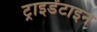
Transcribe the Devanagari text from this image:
ट्राइडेंटाइन